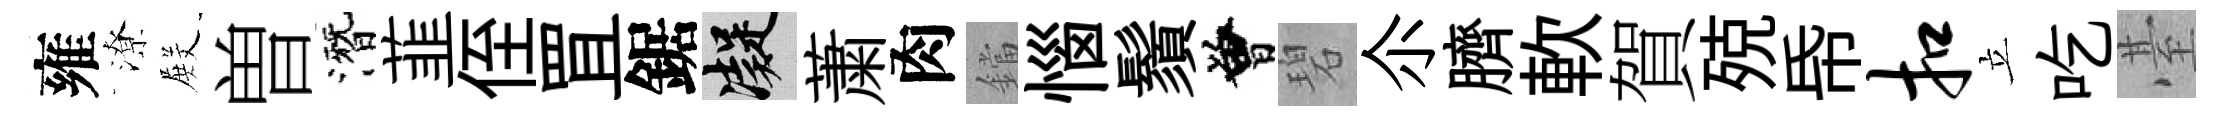
雍潦𭮺曽潛韮侄罝鋸凝䔥肉鐺惱鬚曾碧尒臍軟賀殑帋扣立吃䑓